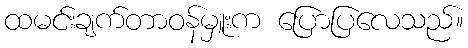
ထမင်းချက်တာဝန်မှူးက ပြောပြလေသည်။